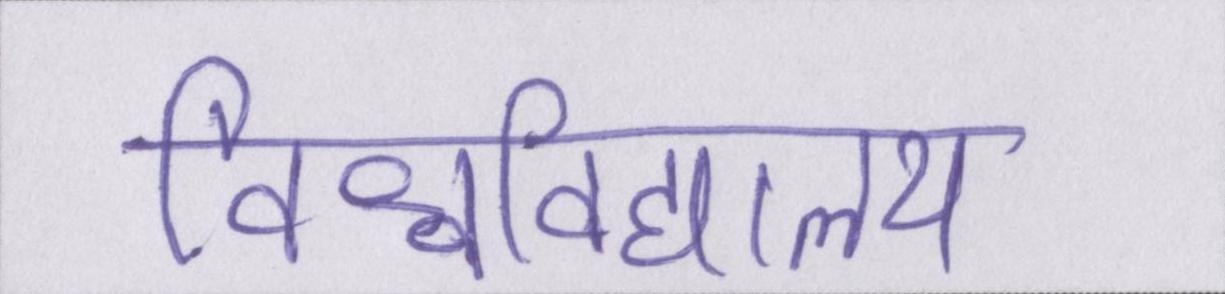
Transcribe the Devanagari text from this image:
विश्वविद्यालय